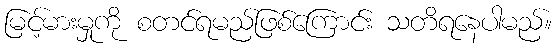
မြင့်မားမှုကို စတင်ရမည်ဖြစ်ကြောင်း သတိရနေပါမည်။